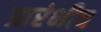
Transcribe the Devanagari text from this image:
प्रारंभीच